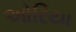
ઓરિયા